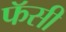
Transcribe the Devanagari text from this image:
फॅसी